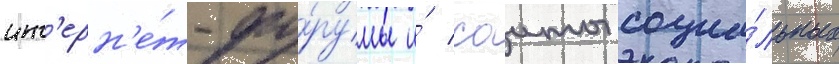
инт'ерн'е́т-фо́румы и́ саиты социа́льных